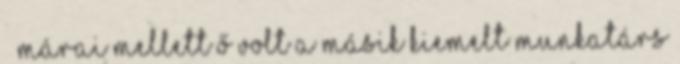
– Márai mellett ő volt a másik kiemelt munkatárs